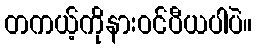
တကယ့်ကိုနားဝင်ပီယပါပဲ။